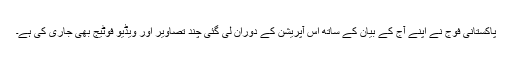
پاکستانی فوج نے اپنے آج کے بیان کے ساتھ اس آپریشن کے دوران لی گئی چند تصاویر اور ویڈیو فوٹیج بھی جاری کی ہے۔